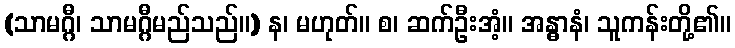
(သာမဂ္ဂီ၊ သာမဂ္ဂီမည်သည်။) န၊ မဟုတ်။ စ၊ ဆက်ဦးအံ့။ အန္ဓာနံ၊ သူကန်းတို့၏။